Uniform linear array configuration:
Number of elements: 16
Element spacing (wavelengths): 0.75
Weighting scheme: hamming
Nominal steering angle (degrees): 0
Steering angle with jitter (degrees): -1.024
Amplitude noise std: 0.05
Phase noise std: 0.05

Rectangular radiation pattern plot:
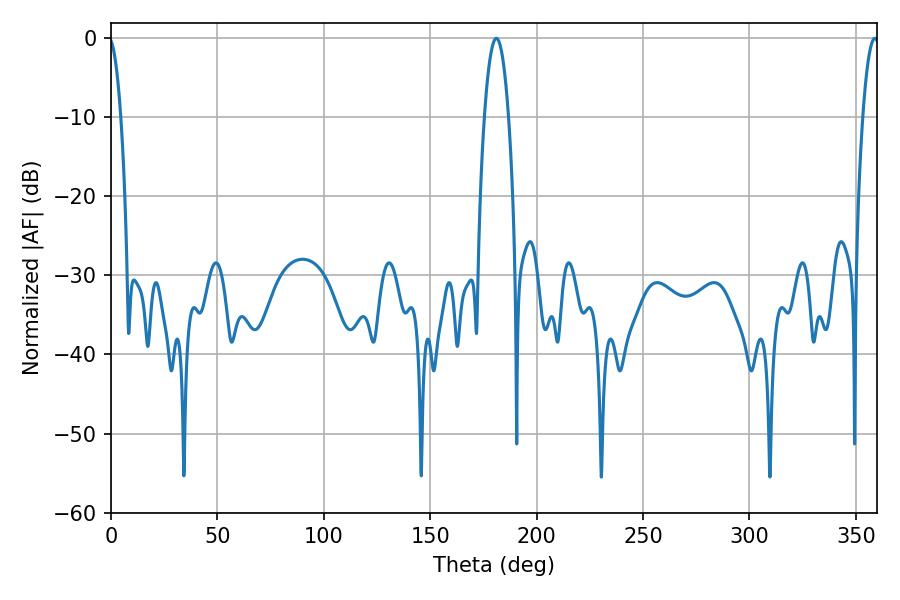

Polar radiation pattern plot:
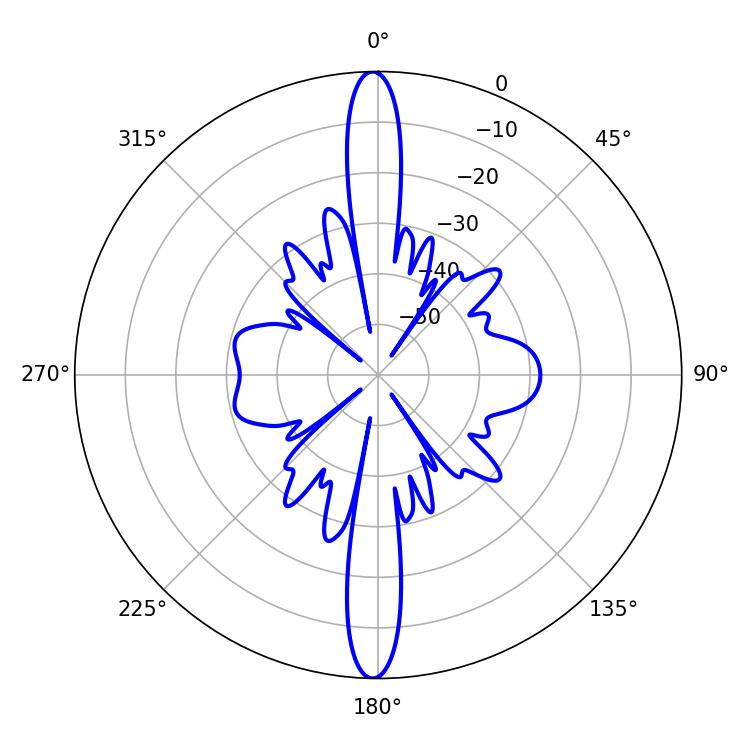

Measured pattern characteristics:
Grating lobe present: TRUE
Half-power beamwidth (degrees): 6.12
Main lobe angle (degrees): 181.08